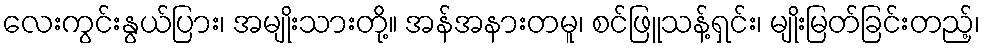
လေးကွင်းနွယ်ပြား၊ အမျိုးသားတို့။ အန်အနားတမူ၊ စင်ဖြူသန့်ရှင်း၊ မျိုးမြတ်ခြင်းတည့်၊